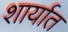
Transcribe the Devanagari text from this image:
शार्यात